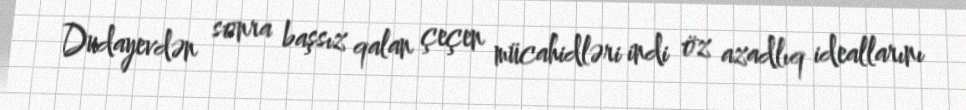
Dudayevdən sonra başsız qalan çeçen mücahidləri indi öz azadlıq ideallarını